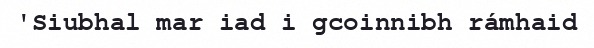
'Siubhal mar iad i gcoinnibh rámhaid